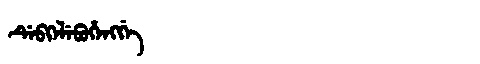
Manchu: ᡩᡝᠪᡴᡝᠯᡝᠪᡠᡥᡝᠩᡤᡝ
Romanization: DEBKELEBUHENGGE